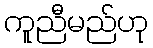
ကူညီမည်ဟု